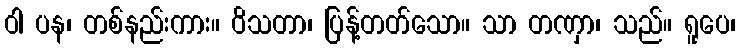
ဝါ ပန၊ တစ်နည်းကား။ ဝိသတာ၊ ပြန့်တတ်သော။ သာ တဏှာ၊ သည်။ ရူပေ၊